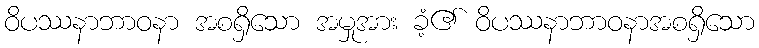
ဝိပဿနာဘာဝနာ အစရှိသော အမှုအား ခံ့၏ ဝိပဿနာဘာဝနာအစရှိသော